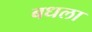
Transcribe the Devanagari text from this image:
बधला